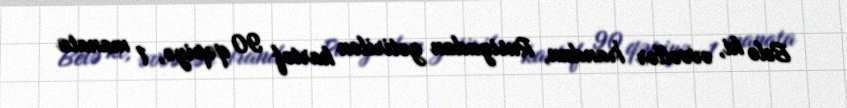
Belə ki, əvvəllər İrandan, Rusiyadan gətirilən kartof 90 qəpiyə, 1 manata